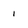
Character: 1